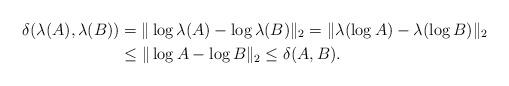
LaTeX: \begin{align*}\delta(\lambda(A),\lambda(B))&=\|\log \lambda(A)-\log\lambda(B)\|_2=\|\lambda(\log A)-\lambda(\log B)\|_2\\&\leq\|\log A-\log B\|_2\leq \delta(A,B).\end{align*}